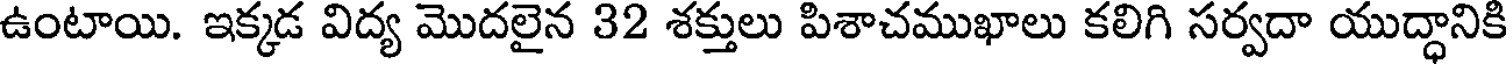
ఉంటాయి. ఇక్కడ విద్య మొదలైన 32 శక్తులు పిశాచముఖాలు కలిగి సర్వదా యుద్ధానికి